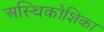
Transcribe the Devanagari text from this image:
अस्थिकोशिका